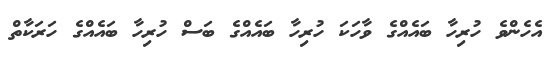
އެހެންވެ ހުރިހާ ބައެއްގެ ވާހަކަ ހުރިހާ ބައެއްގެ ބަސް ހުރިހާ ބައެއްގެ ހަރަކާތް